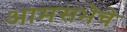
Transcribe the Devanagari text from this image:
आमसभेचे